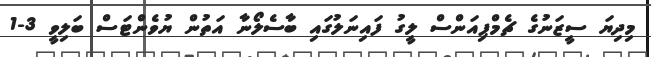
މިދިޔަ ސީޒަނުގެ ޗެމްޕިއަންސް ލީގު ފައިނަލުގައި ބާސެލޯނާ އަތުން ޔުވެންޓަސް ބަލިވީ 3-1